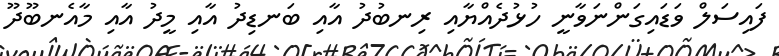
ފައިސަލް ވަޑައިގަންނަވާނީ ހުޅުދެއްޔާއި ރިނބުދު އާއި ބަނޑިދު އާއި މީދު އާއި މާއެނބޫދޫ